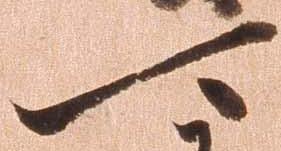
可